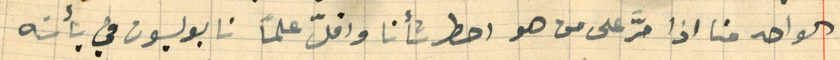
الواحد منا اذا مرَّ على من هو احط شأنا واقلّ علماً نابوليون في بأسَه!